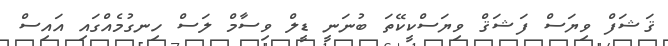
ޤަޝަފް ވިޔަސް ފަޝަޤް ވިޔަސްކީކޭތަ ބުނަނީ ޑީލް ވިސާމް ލަސް ހިނގުމެއްގައި އައިސް